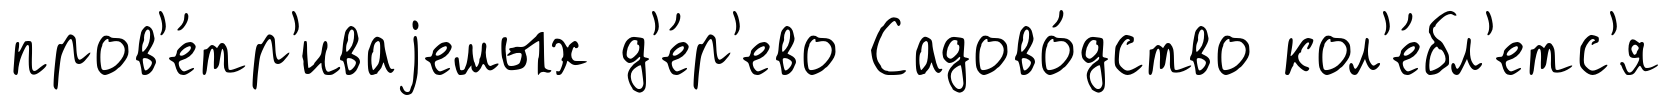
пров'е́тр'иваjемых д'е́р'ево Садово́дство кол'е́бл'етс'я